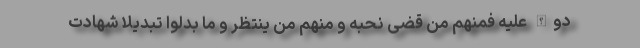
دوالله علیه فمنهم من قضی نحبه و منهم من ینتظر و ما بدلوا تبدیلا شهادت